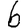
Digit: 6